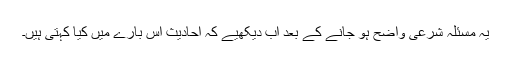
یہ مسئلہ شرعی واضح ہو جانے کے بعد اب دیکھیے کہ احادیث اس بارے میں کیا کہتی ہیں۔